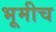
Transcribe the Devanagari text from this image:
भूमीच